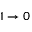
1 \rightarrow 0